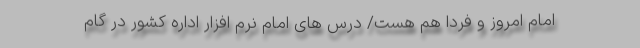
امام امروز و فردا هم هست/ درس های امام نرم افزار اداره کشور در گام